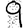
Digit: 9